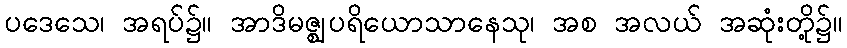
ပဒေသေ၊ အရပ်၌။ အာဒိမဇ္ဈပရိယောသာနေသု၊ အစ အလယ် အဆုံးတို့၌။